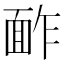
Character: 䩆